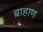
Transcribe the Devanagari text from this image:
ब्राहाण